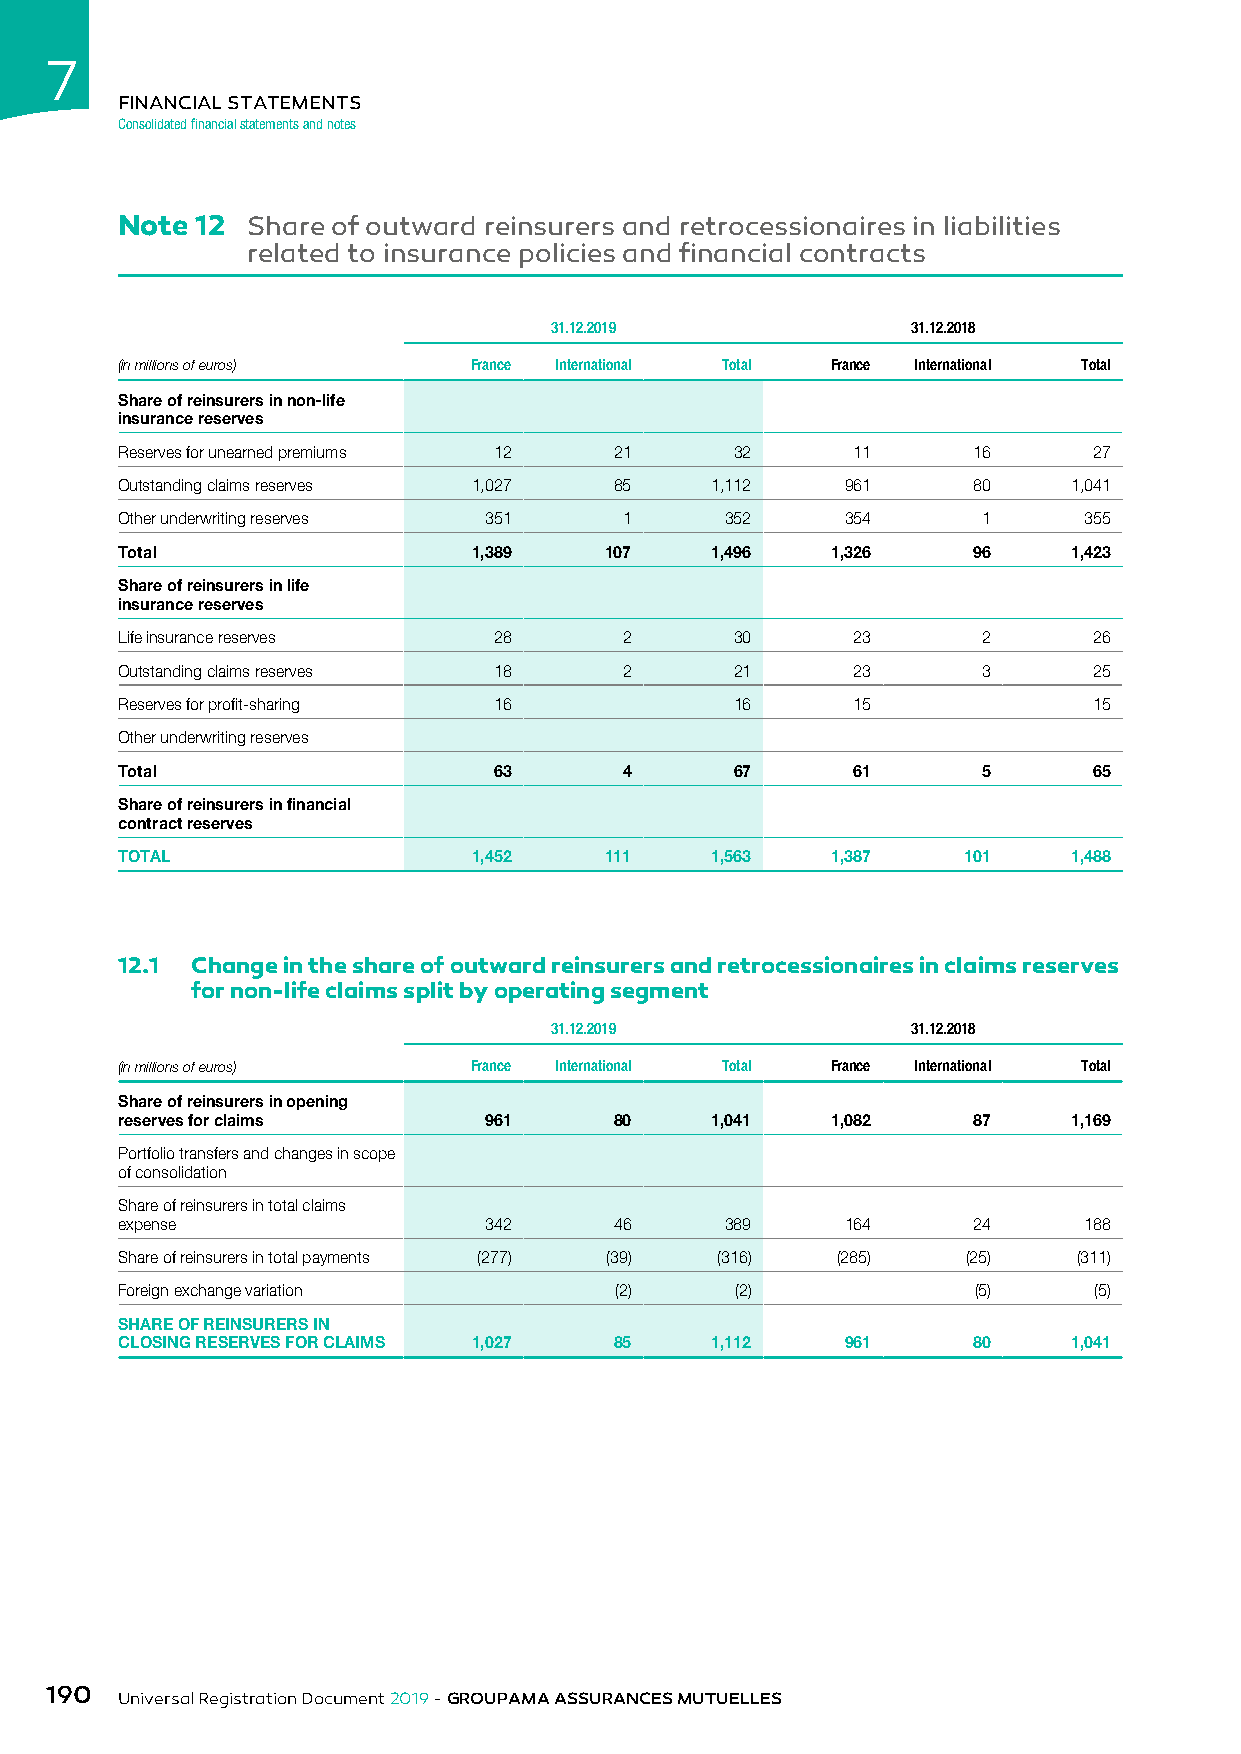
7
 FINANCIAL STATEMENTS
 Consolidated financial statements and notes
 Note 12 Share of outward reinsurers and retrocessionaires in liabilities
 related to insurance policies and financial contracts
 31.12.2019              31.12.2018
 (in millions of euros) France International Total France International Total
 Share of reinsurers in non-life
 insurance reserves
 Reserves for unearned premiums 12 21     32     11      16      27
 Outstanding claims reserves 1,027 85   1,112    961     80     1,041
 Other underwriting reserves 351  1      352     354      1      355
 Total                  1,389    107    1,496   1,326    96     1,423
 Share of reinsurers in life
 insurance reserves
 Life insurance reserves  28      2       30     23       2      26
 Outstanding claims reserves 18   2       21     23       3      25
 Reserves for profit-sharing 16           16     15              15
 Other underwriting reserves
 Total                    63      4       67     61       5      65
 Share of reinsurers in financial
 contract reserves
 TOTAL                  1,452    111    1,563   1,387    101    1,488
 12.1 Change in the share of outward reinsurers and retrocessionaires in claims reserves
 for non-life claims split by operating segment
 31.12.2019              31.12.2018
 (in millions of euros) France International Total France International Total
 Share of reinsurers in opening
 reserves for claims     961      80    1,041   1,082    87     1,169
 Portfolio transfers and changes in scope
 of consolidation
 Share of reinsurers in total claims
 expense                 342      46     389     164     24      188
 Share of reinsurers in total payments (277) (39) (316) (285) (25) (311)
 Foreign exchange variation       (2)     (2)            (5)     (5)
 SHARE OF REINSURERS IN
 CLOSING RESERVES FOR CLAIMS 1,027 85   1,112    961     80     1,041
 190
 Universal Registration Document 2019 - GROUPAMA ASSURANCES MUTUELLES